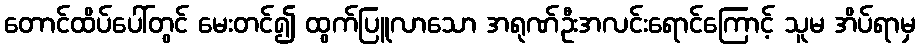
တောင်ထိပ်ပေါ်တွင် မေးတင်၍ ထွက်ပြူလာသော အရုဏ်ဦးအလင်းရောင်ကြောင့် သူမ အိပ်ရာမှ